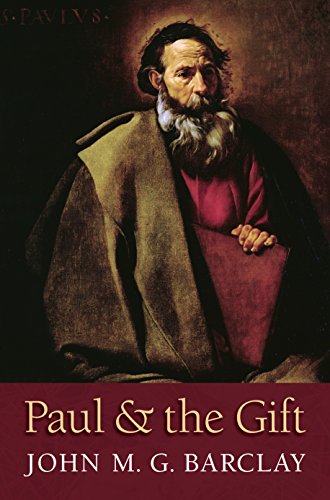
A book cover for Paul and the Gift; John M. G. Barclay; Christian Books & Bibles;